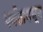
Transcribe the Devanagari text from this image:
पर्वतामधून